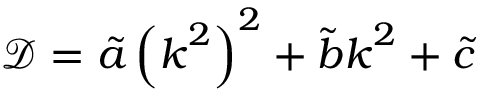
\mathcal { D } = \tilde { a } \left( \boldsymbol { k } ^ { 2 } \right) ^ { 2 } + \tilde { b } \boldsymbol { k } ^ { 2 } + \tilde { c }